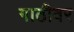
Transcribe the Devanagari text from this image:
गाठीवर